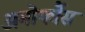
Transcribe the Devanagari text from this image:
अमोर्फौस